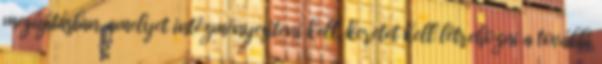
megújításban, amelyet intézményesíteni kell, keretet kell létrehozni a további